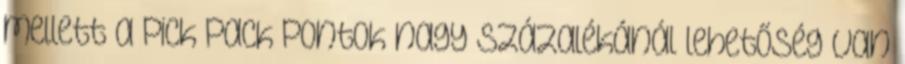
mellett a Pick Pack Pontok nagy százalékánál lehetőség van